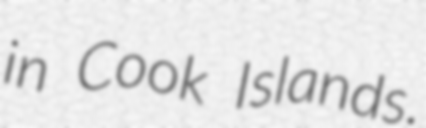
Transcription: in Cook Islands.